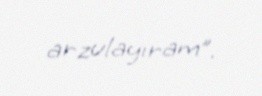
arzulayıram”.